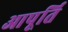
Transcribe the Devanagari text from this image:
आपूर्ति